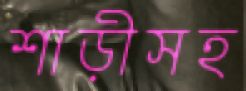
শাড়ীসহ